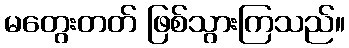
မတွေးတတ် ဖြစ်သွားကြသည်။